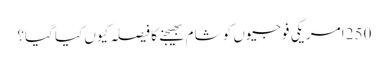
250 امریکی فوجیوں کو شام بھیجنے کا فیصلہ کیوں کیا گیا؟